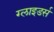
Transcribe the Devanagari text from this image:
ग्लाइडर्स